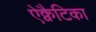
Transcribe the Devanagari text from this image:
ऐक्वैटिका